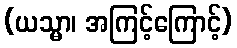
(ယသ္မာ၊ အကြင့်ကြောင့်)